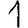
Digit: 1